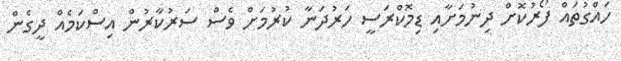
ހައްގުތައް ފޯރުކޮށް ދިނުމަށާއިި ޑިމޮކްރަސީ ހަރުދަނާ ކުރުމަށް ވެސް ސަރުކާރުން އިސްކަމެއް ދީގެން